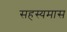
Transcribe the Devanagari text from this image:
सहस्यमास